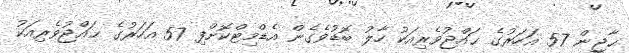
ޙާޖީން 57 އަހަރުގެ ޙައްޖުވެރިއަކު ހާލު ބޮޑުވެގެން އެޑްމިޓްކޮށްފި 57 އަހަރުގެ ޙައްޖުވެރިއަކު